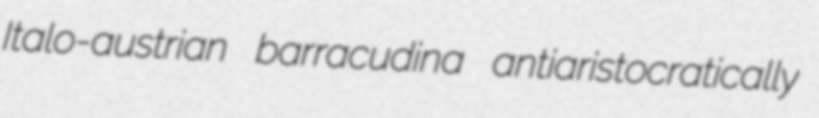
Italo-austrian barracudina antiaristocratically